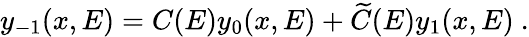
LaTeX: y_{-1}(x,E)=C(E)y_{0}(x,E)+\widetilde C(E)y_{1}(x,E)~.